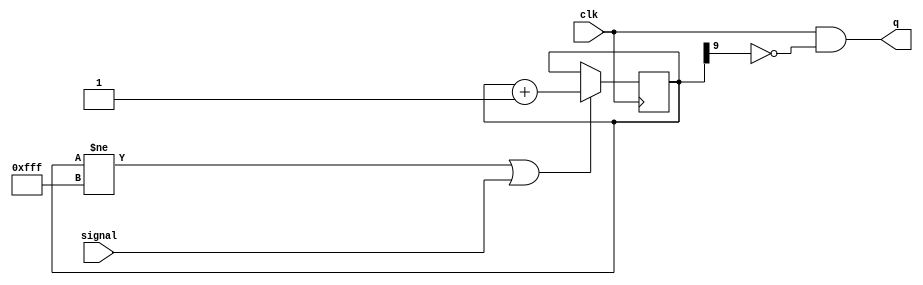
module beeper #(
    parameter DIV = 10
) (
    input clk,
    input signal,
    output q
);

reg [DIV+1:0] cnt = {DIV+2{1'b1}};

assign q = clk & !cnt[DIV-1];

always @(posedge clk) begin
    if (cnt != {DIV+2{1'b1}} || signal) begin
        cnt <= cnt + 1'b1;
    end
end

endmodule